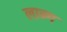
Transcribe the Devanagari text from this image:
लान्ग